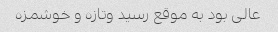
عالی بود به موقع رسید وتازه و خوشمزه